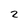
Character: 2